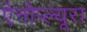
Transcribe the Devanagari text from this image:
ऐनोप्ल्यूरा